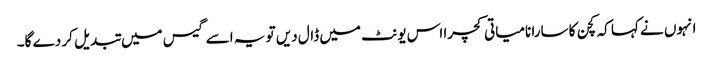
انہوں نے کہا کہ کچن کا سارا نامیاتی کچرا اس یونٹ میں ڈال دیں تو یہ اسے گیس میں تبدیل کر دے گا۔